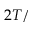
2 T /